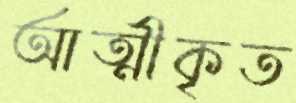
আত্মীকৃত